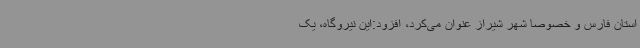
استان فارس و خصوصا شهر شیراز عنوان می‌کرد، افزود:این نیروگاه، یک